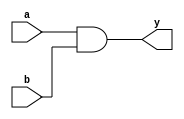
module simple_continuous_assignment (
    input wire a,       // First input signal
    input wire b,       // Second input signal
    output wire y       // Output signal
);

// Continuous assignment: y is the logical AND of a and b
assign y = a & b;

endmodule